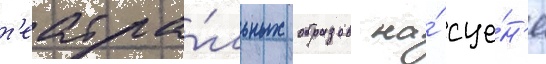
т'еатра́льных образов на́ сце́н'е